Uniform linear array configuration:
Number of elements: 12
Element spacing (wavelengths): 0.25
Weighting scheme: exponential
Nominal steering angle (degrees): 60
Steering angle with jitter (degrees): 59.995
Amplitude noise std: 0.05
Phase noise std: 0.05

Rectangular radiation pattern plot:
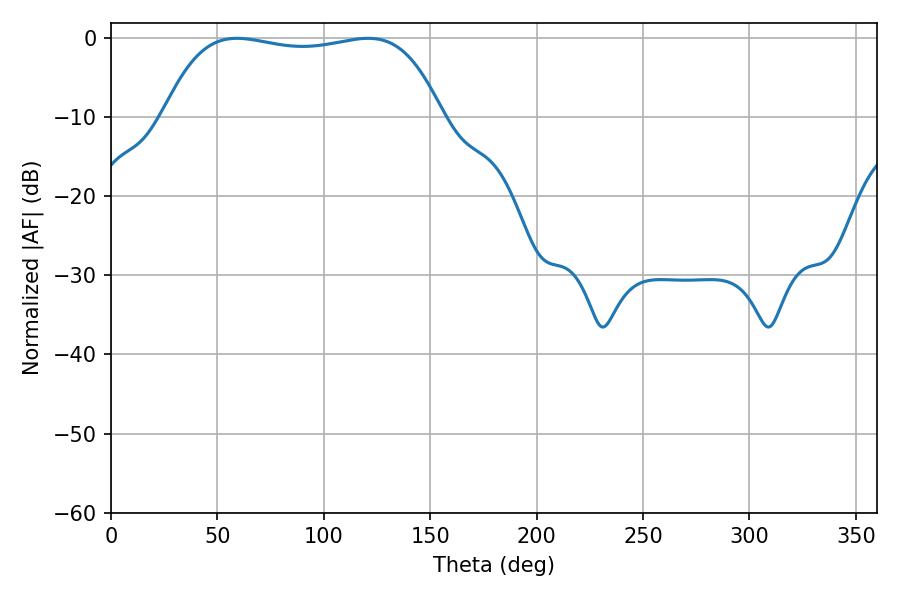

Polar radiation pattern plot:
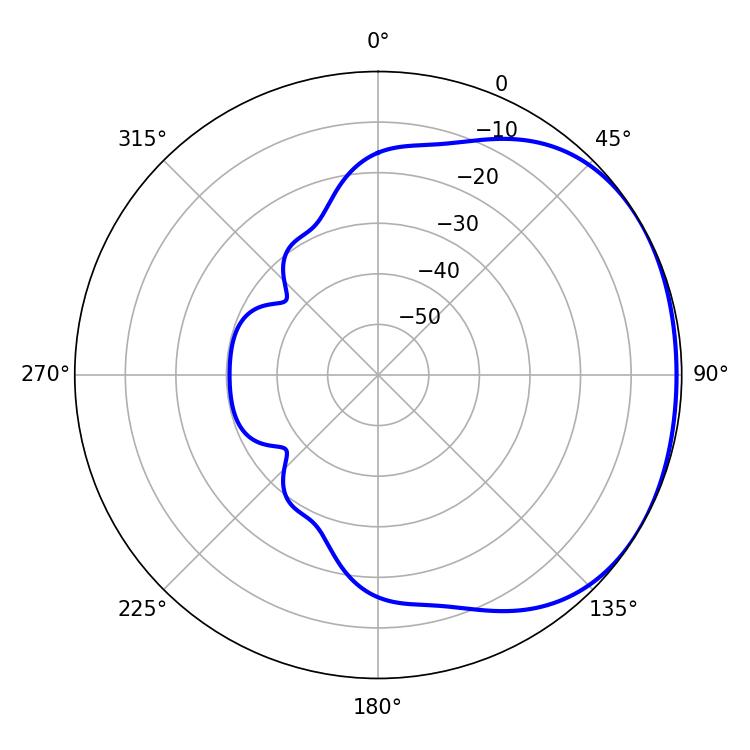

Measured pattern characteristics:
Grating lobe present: FALSE
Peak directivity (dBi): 1.389
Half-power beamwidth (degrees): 104.04
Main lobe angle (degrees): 120.78